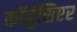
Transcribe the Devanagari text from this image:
कॉर्बुसिएर